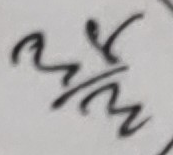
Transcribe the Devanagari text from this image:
अ/म